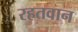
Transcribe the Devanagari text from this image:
रहतवान